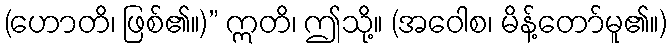
(ဟောတိ၊ ဖြစ်၏။)” ဣတိ၊ ဤသို့။ (အဝေါစ၊ မိန့်တော်မူ၏။)